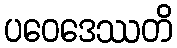
ပဝေဒေဿတိ